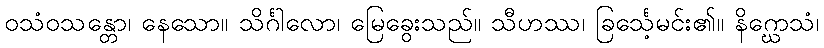
ဝသံဝသန္တော၊ နေသော။ သိင်္ဂါလော၊ မြေခွေးသည်။ သီဟဿ၊ ခြင်္သေ့မင်း၏။ နိဂ္ဃောသံ၊